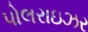
પોલરાઇઝર